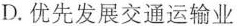
D.优先发展交通运输业